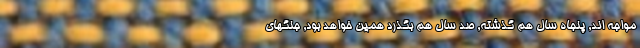
مواجه اند, پنجاه سال هم گذشته, صد سال هم بگذرد همین خواهد بود, جنگهای